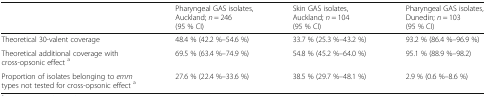
<table><thead><tr><td></td><td><b>Pharyngeal GAS isolates, Auckland; <i>n</i> = 246(95 % CI)</b></td><td><b>Skin GAS isolates, Auckland; <i>n</i> = 104 (95 % CI)</b></td><td><b>Pharyngeal GAS isolates, Dunedin; <i>n</i> = 103 (95 % CI)</b></td></tr></thead><tbody><tr><td>Theoretical 30-valent coverage</td><td>48.4 % (42.2 %–54.6 %)</td><td>33.7 % (25.3 %–43.2 %)</td><td>93.2 % (86.4 %–96.9 %)</td></tr><tr><td>Theoretical additional coverage with cross-opsonic effect <sup>a</sup></td><td>69.5 % (63.4 %–74.9 %)</td><td>54.8 % (45.2 %–64.0 %)</td><td>95.1 % (88.9 %–98.2)</td></tr><tr><td>Proportion of isolates belonging to <i>emm</i> types not tested for cross-opsonic effect <sup>a</sup></td><td>27.6 % (22.4 %–33.6 %)</td><td>38.5 % (29.7 %–48.1 %)</td><td>2.9 % (0.6 %–8.6 %)</td></tr></tbody></table>